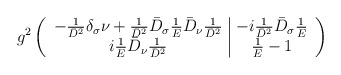
\begin{align*}g^2\left(\begin{array}{c|c}-\frac{1}{\bar{D}^2}\delta_\sigma\nu+\frac{1}{\bar{D}^2}\bar{D}_\sigma\frac{1}{E}\bar{D}_\nu\frac{1}{\bar{D}^2} & -i\frac{1}{\bar{D}^2}\bar{D}_\sigma\frac{1}{E} \\ i \frac{1}{E}\bar{D}_\nu\frac{1}{\bar{D}^2} & \frac{1}{E}-1\end{array}\right)\end{align*}